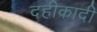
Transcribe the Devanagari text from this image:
दहीकादी